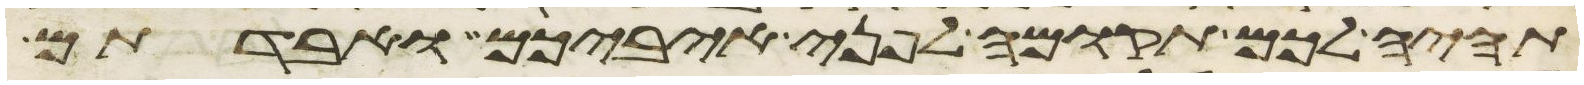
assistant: תהיה לכם תקומה לפני איביכם ואבדתם